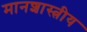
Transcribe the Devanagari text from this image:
मानशास्त्रीय